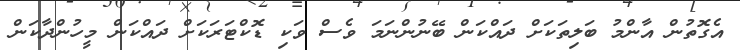
އެގޮތުން އާންމު ބަލިތަކަށް ދައްކަން ބޭނުންނަމަ ވެސް ވަކި ޑޮކްޓަރަކަށް ދައްކަން މީހުންދާކަން